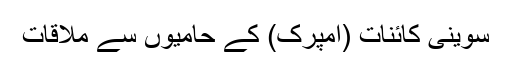
سوینی کائنات (امپرک) کے حامیوں سے ملاقات